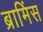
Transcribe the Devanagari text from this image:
ब्रामिंस